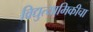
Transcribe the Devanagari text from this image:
विद्युत्यामिकीचा